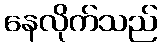
နေလိုက်သည်